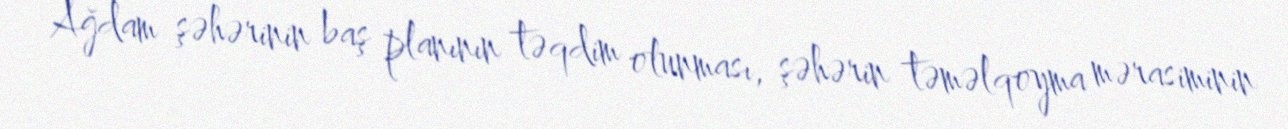
Ağdam şəhərinin baş planının təqdim olunması, şəhərin təməlqoyma mərasiminin